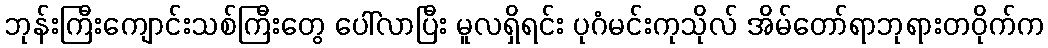
ဘုန်းကြီးကျောင်းသစ်ကြီးတွေ ပေါ်လာပြီး မူလရှိရင်း ပုဂံမင်းကုသိုလ် အိမ်တော်ရာဘုရားတဝိုက်က